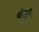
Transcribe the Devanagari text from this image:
चेत्ती